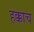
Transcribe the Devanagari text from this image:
हक्काच